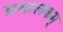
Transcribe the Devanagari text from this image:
प्रवालकम्‌